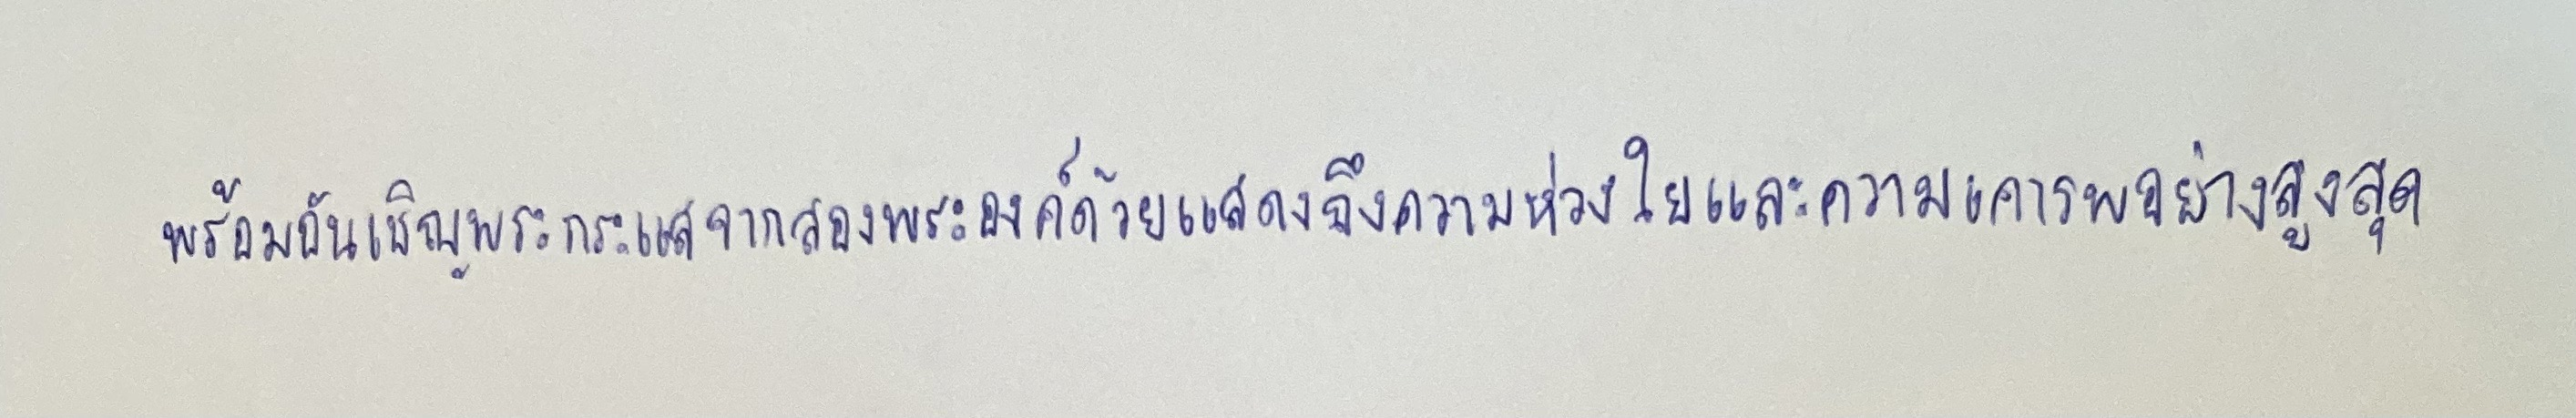
พร้อมอัญเชิญพระกระแสจากสองพระองค์ด้วยแสดงถึงความห่วงใยและความเคารพอย่างสูงสุด